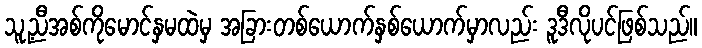
သူ့ညီအစ်ကိုမောင်နှမထဲမှ အခြားတစ်ယောက်နှစ်ယောက်မှာလည်း ဒူဒီလိုပင်ဖြစ်သည်။